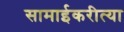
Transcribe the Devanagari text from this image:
सामाईकरीत्या